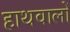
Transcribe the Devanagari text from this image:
हाथवालों